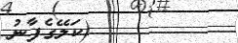
(ކަލޭގެފާނު